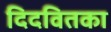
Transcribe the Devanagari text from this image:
दिदवितका